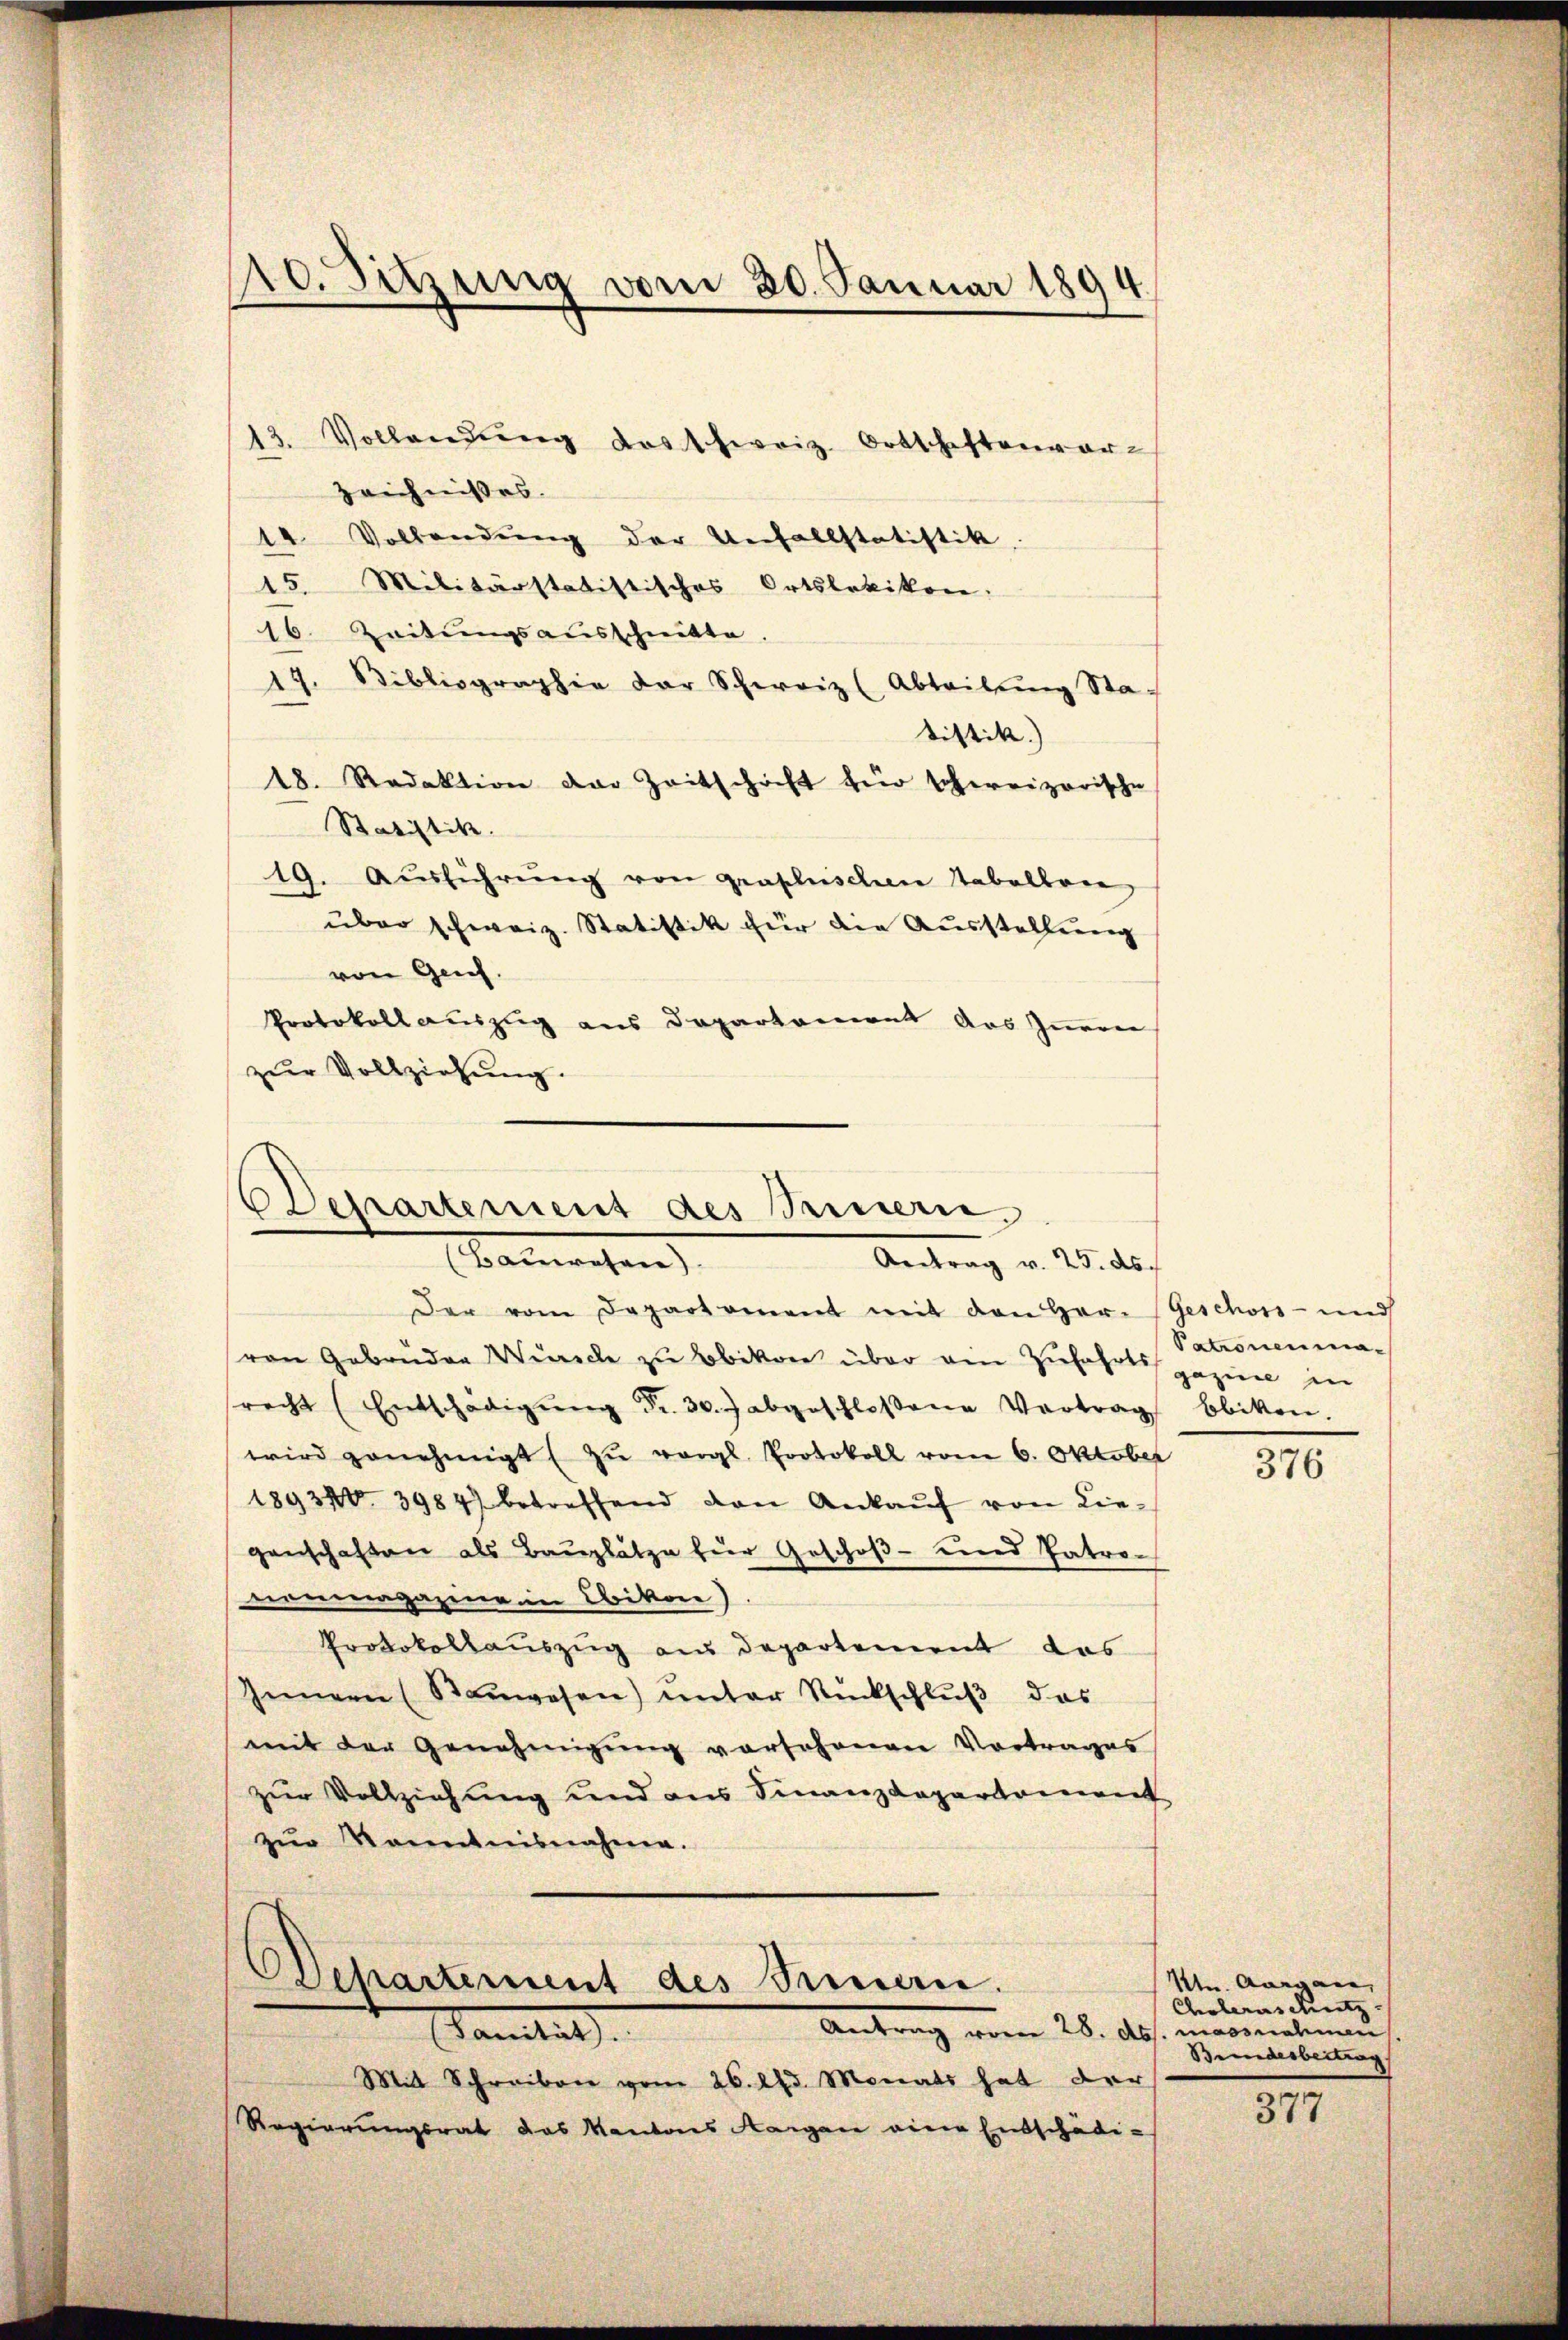
13. Vollendŭng das schweiz. Ortschaftenvor-
zeichnisses.
14. Vollendŭng der Unfallstatistik.
15. Militärstatistisches Ortslebikon.
16. Zeitungsausschnitte
17. Sibliographie der Schweiz (Abteilŭng Sta-
Sistik.) |
18. Redaktion der Zeitschrift für schereizerische
Statistik. |
19. Aŭsführŭng von graphischen Tabelbare
über schweiz. Statistik für die Ausstellung
von Genf.
Protokollauszug aus Departement das Inner
zur Vollziehung.

10. Sitzung vom 30. Januar 1894.

Dechartement des Innern,
almachen
Antrag v. 25. ds.

Der vom Departement mit den Her. (Geschoss- und
von Gebrüder Würsche zu Abikon über ein Zufahrtsgazine in
recht (Entschädigŭng Fr. 30. J abgeschloßene Vertrag bbitten.
wird genehmigt zŭ vergl. Protokoll vom 6. Oktober
18934. 3984) betreffend den Ankaŭf von Lie-
genschaften als Bauplätze für Geschoß- und Patrononmagazine in Ebikon)
Protokollauszug aus Departement das
Innern (Baŭwesen ŭnter Rückschlŭβ das
(mit der Genehmigung vorschonen Vortrages
zur Vollziehung und aus Finanzdepartement
zŭr Kenntnisnahme.

Departement des Seren.
Antrag vom 28. Abs. magenehmen,
Gantat

Patronenma¬

Mit Schreiben vom 26. Apr. Monats hat der
Regierungsrat das Kantons Aargau eine Entschädi¬

376

Ktn. Aargau,
Choleras Mutz
Bundesbeitrag

377